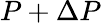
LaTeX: P+\Delta P